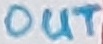
Text: OUT